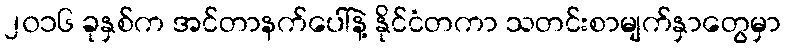
၂၀၁၆ ခုနှစ်က အင်တာနက်ပေါ်နဲ့ နိုင်ငံတကာ သတင်းစာမျက်နှာတွေမှာ